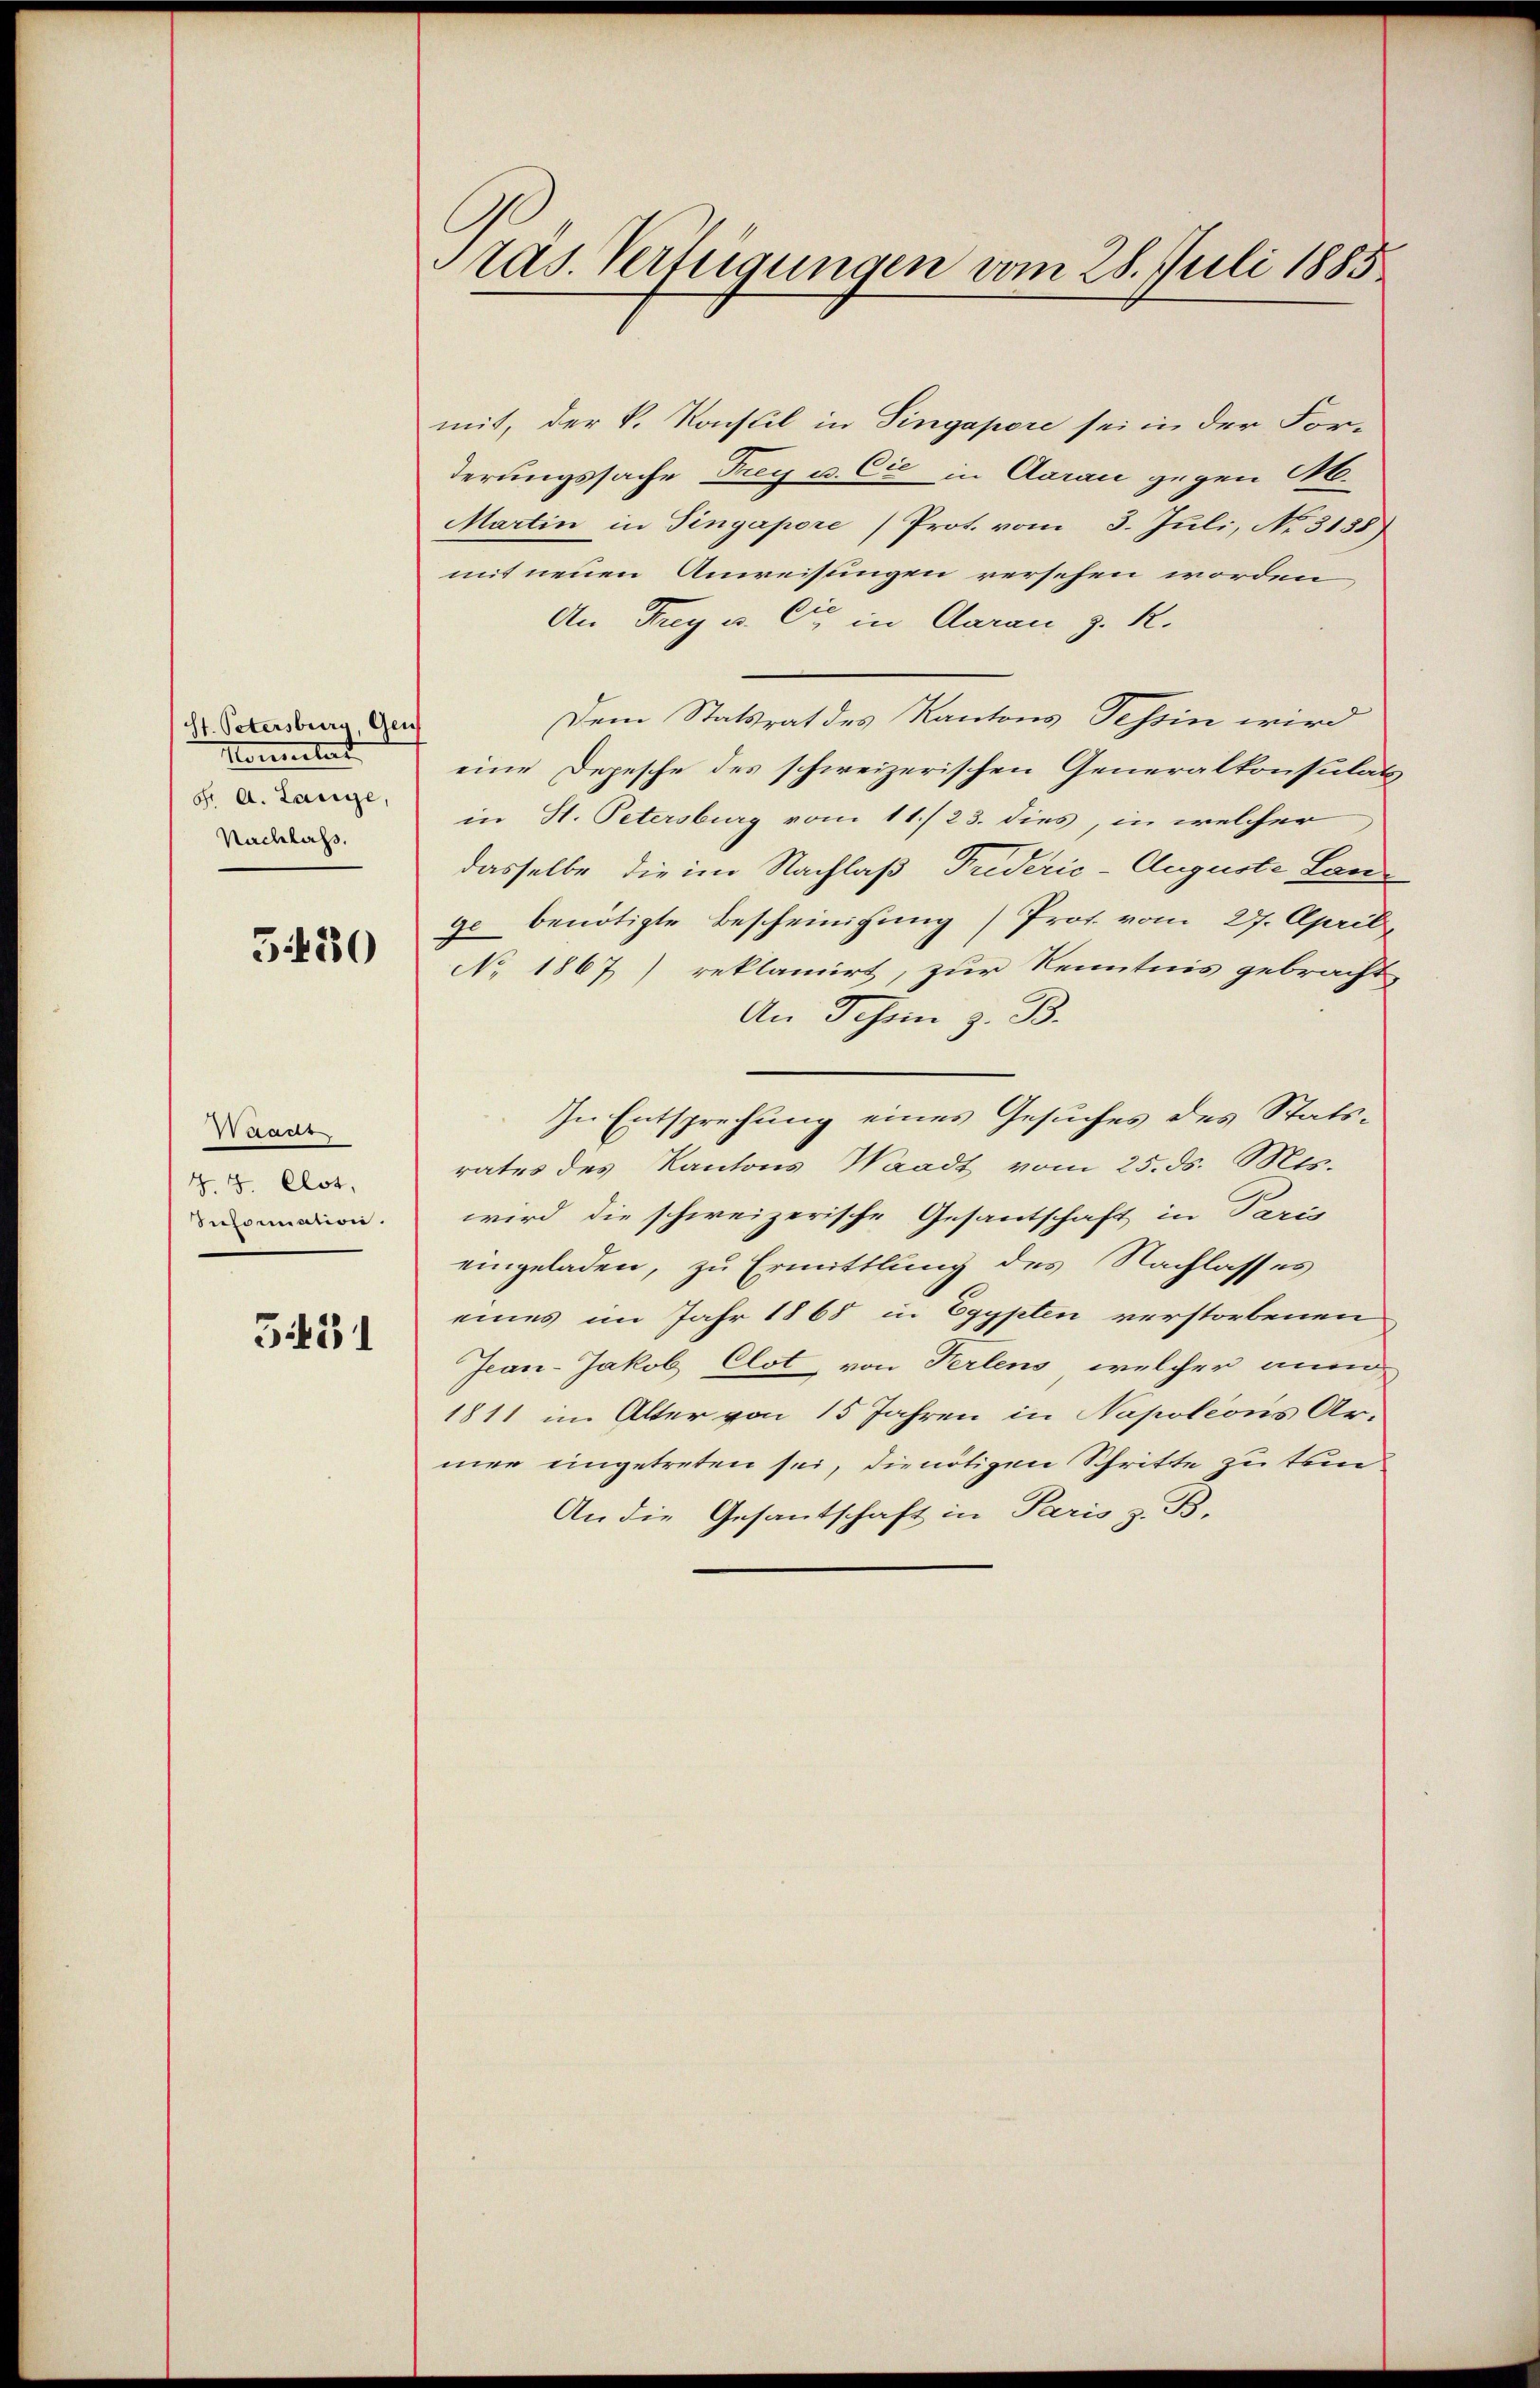
St. Petersburg Geis
Homertat
S. A. Lange,
Nachlass.

3480

Waans
§. 5. Clot,
Seformation.

3431

Pras. Verfügungen vom 28. Juli 1885

mit, der k. Konsul in Singapore sei in der Forderungssache Frey u. Cie in Aarau gegen M.
Martin in Singapore /Prot. vom 3. Juli, No. 3158)
mit neuen Anweisungen versehen worden
An Frey u. Cie in Daran z. R.
Dem Statsrat des Kantons Tessin wird
eine Depesche des schweizerischen Generalkonsulats
in H. Petersburg vom 11./23. dies, in welcher
dasselbe die im Nachlaß Triderie-Auguste Lange benötigte Bescheinigung) Prof. vom 27. April
No. 1867) reklamirt, zur Kenntnis gebracht,
An Tessin z. B.
In Entsprechung eines Gesuches des Statsrates des Kantons Waadt vom 25. ds. Mts.
wird die schweizerische Gesantschaft in Paris
eingeladen, zu Ermittlung des Nachlasses
eines im Jahr 1868 in Egypten verstorbenen
Jcan-Jakob Clot, von Perlens, welcher anm
1811 im Alter von 15 Jahren in Napoleons Ar-
mer eingetreten sei, die nötigen Schritte zu tund¬
An die Gesantschaft in Paris z. B.